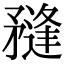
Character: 𥎌